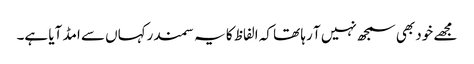
مجھے خود بھی سمجھ نہیں آ رہا تھا کہ الفاظ کا یہ سمندرکہاں سے امڈ آیا ہے۔